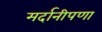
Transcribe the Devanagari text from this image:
मर्दानीपणा